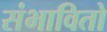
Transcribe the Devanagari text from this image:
संभावितो